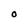
Character: O